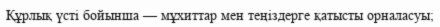
Құрлық үсті бойынша — мұхиттар мен теңіздерге қатысты орналасуы;